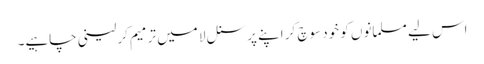
اس لیے مسلمانوں کو خود سوچ کر اپنے پرسنل لا میں ترمیم کرلینی چاہیے۔